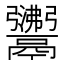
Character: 𩱣